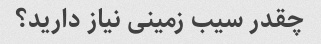
چقدر سیب زمینی نیاز دارید؟